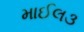
માઈલ૩